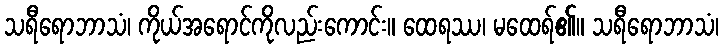
သရီရောဘာသံ၊ ကိုယ်အရောင်ကိုလည်းကောင်း။ ထေရဿ၊ မထေရ်၏။ သရီရောဘာသံ၊